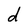
Character: d